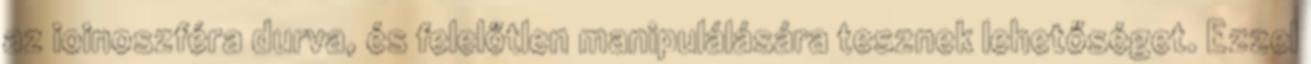
az ioinoszféra durva, és felelőtlen manipulálására tesznek lehetőséget. Ezzel